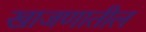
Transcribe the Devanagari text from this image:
खाजणातील